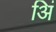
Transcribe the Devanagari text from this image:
अिं